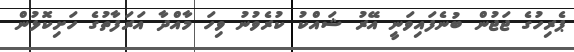
ޕެރިހުގެ ޖަޖުން ބުނެފައިވަނީ އޭރު ޝައްކު ކުރެވުނު ވިހަ މާއްދާ އަރަފާތުގެ ހަށިކޮޅުން